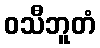
ဝသီဘူတံ